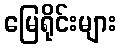
မြေရိုင်းများ